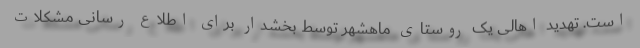
است. تهدید اهالی یک روستای ماهشهر توسط بخشدار برای اطلاع رسانی مشکلات